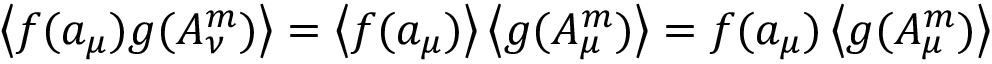
\left\langle f ( a _ { \mu } ) g ( A _ { \nu } ^ { m } ) \right\rangle = \left\langle f ( a _ { \mu } ) \right\rangle \left\langle g ( A _ { \mu } ^ { m } ) \right\rangle = f ( a _ { \mu } ) \left\langle g ( A _ { \mu } ^ { m } ) \right\rangle